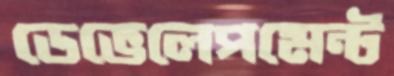
ডেভেলেপমেন্ট